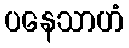
ပနေသာဟံ